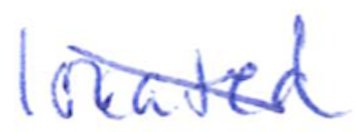
Text: located
Cross-out: diagonal
Writing tool: ballpoint